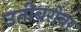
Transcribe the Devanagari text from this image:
उतीबरोबर